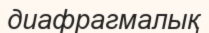
диафрагмалық